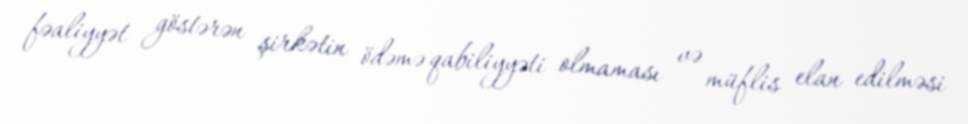
fəaliyyət göstərən şirkətin ödəmə qabiliyyəti olmaması və müflis elan edilməsi